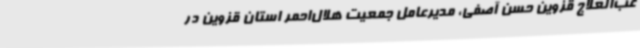
عب‌العلاج قزوین حسن آصفی، مدیرعامل جمعیت هلال‌احمر استان قزوین در